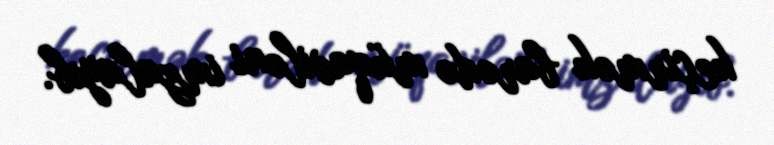
keçirmək barədə müqaviləni imzalayıb.